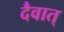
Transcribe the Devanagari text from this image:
दैवात्‌